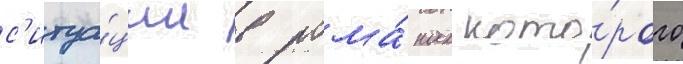
с'итуа́ции в рома́нах кото́рого